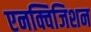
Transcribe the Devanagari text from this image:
एनक्विजिशन